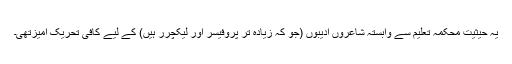
یہ حیثیت محکمۂ تعلیم سے وابستہ شاعروں ادیبوں (جو کہ زیادہ تر پروفیسر اور لیکچرر ہیں) کے لیے کافی تحریک آمیزتھی۔